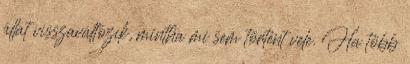
állat visszaváltozik, mintha mi sem történt vele. Ha több